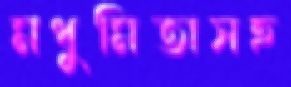
মধুমিতাসহ